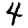
Digit: 4